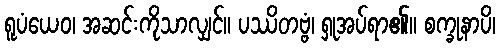
ရူပံယေဝ၊ အဆင်းကိုသာလျှင်။ ပဿိတဗ္ဗံ၊ ရှုအပ်ရာ၏။ စက္ခုနာပိ၊